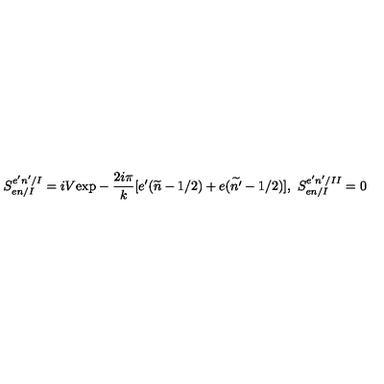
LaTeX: S _ { e n / I } ^ { e ^ { \prime } n ^ { \prime } / I } = i V \mathrm { e x p } - \frac { 2 i \pi } { k } [ e ^ { \prime } ( \widetilde { n } - 1 / 2 ) + e ( \widetilde { n ^ { \prime } } - 1 / 2 ) ] , \ S _ { e n / I } ^ { e ^ { \prime } n ^ { \prime } / I I } = 0